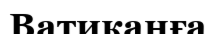
Ватиканға